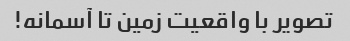
تصویر با واقعیت زمین تا آسمانه!